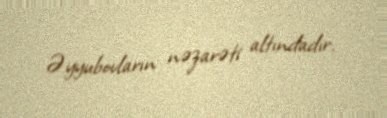
Əyyubovların nəzarəti altındadır.